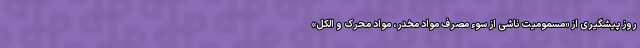
روز پیشگیری از «مسمومیت ناشی از سوء مصرف مواد مخدر، مواد محرک و الکل»